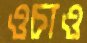
ওচাও